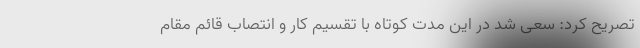
تصریح کرد: سعی شد در این مدت کوتاه با تقسیم کار و انتصاب قائم مقام